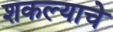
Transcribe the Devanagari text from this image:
शकल्याचे